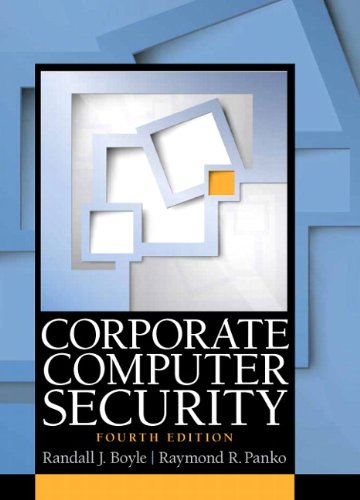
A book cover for Corporate Computer Security (4th Edition); Randall J. Boyle; Computers & Technology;